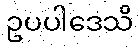
ဥပပါဒေသိ